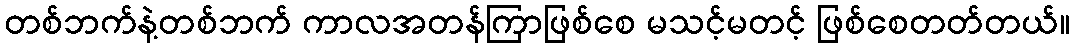
တစ်ဘက်နဲ့တစ်ဘက် ကာလအတန်ကြာဖြစ်စေ မသင့်မတင့် ဖြစ်စေတတ်တယ်။